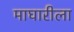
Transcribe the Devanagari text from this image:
माघारीला